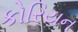
કોરિયન